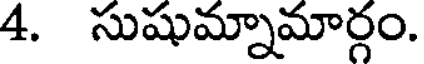
4. సుషుమ్నామార్గం.